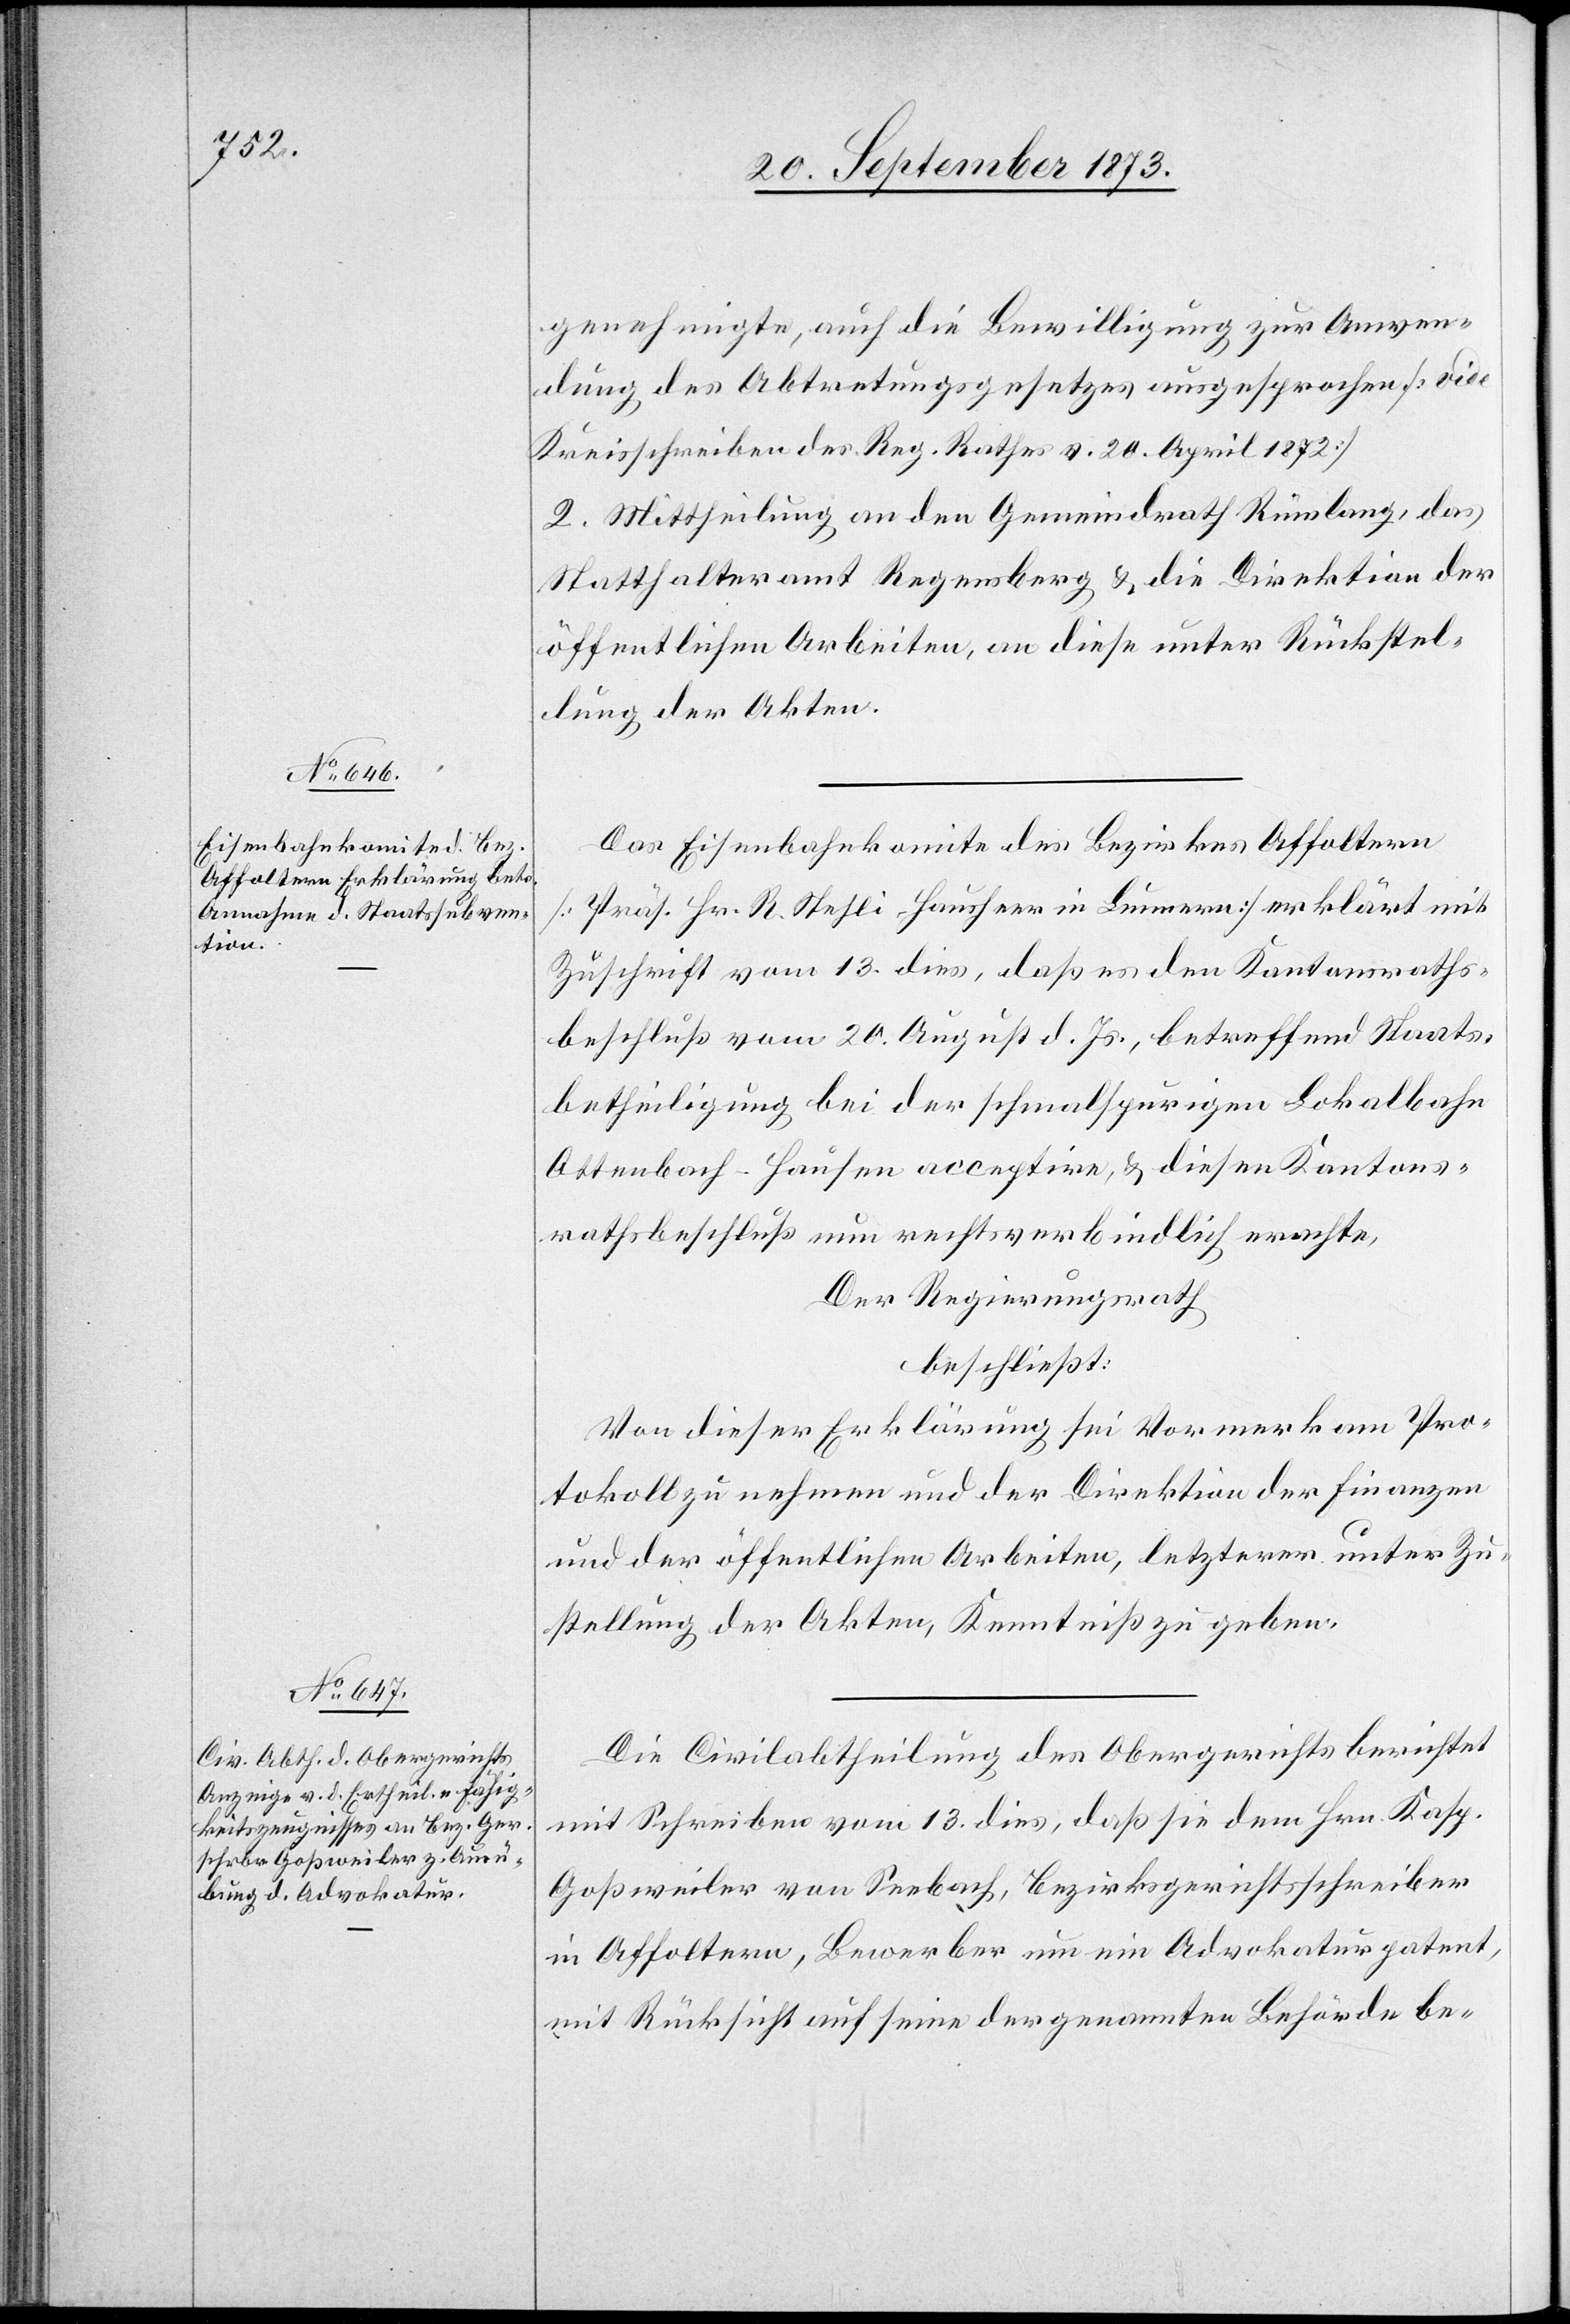
genehmigte, auch die Bewilligung zur Anwen¬
dung des Abtretungsgesetzes ausgesprochen [vide
Kreisschreiben des Reg. Rathes v. 20. April 1872]
2. Mittheilung an den Gemeindrath Rümlang, das
Statthalteramt Regensberg & die Direktion der
öffentlichen Arbeiten, an diese unter Rückstel¬
lung der Akten.
Das Eisenbahnkomite des Bezirkes Affoltern
[Präs. Hr. R. Stehli-Hausheer in Lunnern] erklärt mit
Zuschrift vom 13. dies, daß es den Kantonsraths¬
beschluß vom 20. August d. Js., betreffend Staats¬
behteiligung bei der schmalspurigen Lokalbahn
Ottenbach–Hausen acceptire, & diesen Kantons¬
rathsbeschluß nun rechtsverbindlich erachte,
Der Regierungsrath
beschließt:
Von dieser Erklärung sei Vormerk am Pro¬
tokoll zu nehmen und der Direktion der Finanzen
und der öffentlichen Arbeiten, letzterer unter Zu¬
stellung der Akten, Kenntniß zu geben.
Die Civilabtheilung des Obergerichts berichtet
mit Schreiben vom 13. dies, daß sie dem Hrn. Kasp.
Goßweiler von Seebach, Bezirksgerichtsschreiber
in Affoltern, Bewerber um ein Advokaturpatent,
mit Rücksicht auf seine der genannten Behörde be-